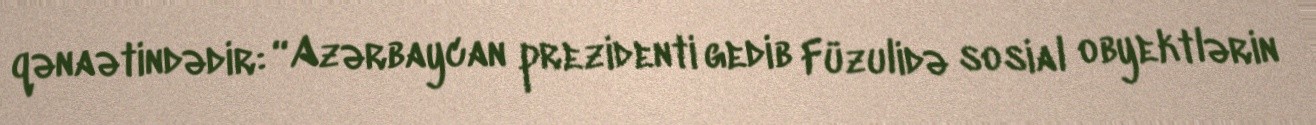
qənaətindədir: “Azərbaycan prezidenti gedib Füzulidə sosial obyektlərin